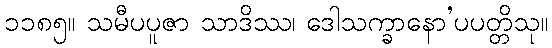
၁၁၈၅။ သမီပပူဇာ သာဒိဿ၊ ဒေါသက္ခာနော’ပပတ္တိသု။